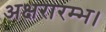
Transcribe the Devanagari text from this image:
अक्षरारम्भ।